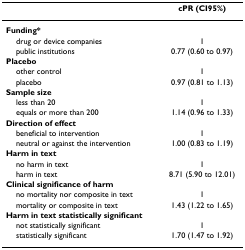
<table><thead><tr><td></td><td><b>cPR (CI95%)</b></td></tr></thead><tbody><tr><td><b>Funding*</b></td><td></td></tr><tr><td> drug or device companies</td><td>1</td></tr><tr><td> public institutions</td><td>0.77 (0.60 to 0.97)</td></tr><tr><td><b>Placebo</b></td><td></td></tr><tr><td> other control</td><td>1</td></tr><tr><td> placebo</td><td>0.97 (0.81 to 1.13)</td></tr><tr><td><b>Sample size</b></td><td></td></tr><tr><td> less than 20</td><td>1</td></tr><tr><td> equals or more than 200</td><td>1.14 (0.96 to 1.33)</td></tr><tr><td><b>Direction of effect</b></td><td></td></tr><tr><td> beneficial to intervention</td><td>1</td></tr><tr><td> neutral or against the intervention</td><td>1.00 (0.83 to 1.19)</td></tr><tr><td><b>Harm in text</b></td><td></td></tr><tr><td> no harm in text</td><td>1</td></tr><tr><td> harm in text</td><td>8.71 (5.90 to 12.01)</td></tr><tr><td><b>Clinical significance of harm</b></td><td></td></tr><tr><td> no mortality nor composite in text</td><td>1</td></tr><tr><td> mortality or composite in text</td><td>1.43 (1.22 to 1.65)</td></tr><tr><td><b>Harm in text statistically significant</b></td><td></td></tr><tr><td> not statistically significant</td><td>1</td></tr><tr><td> statistically significant</td><td>1.70 (1.47 to 1.92)</td></tr></tbody></table>